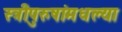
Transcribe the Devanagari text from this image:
स्त्रीपुरुषांमधल्या